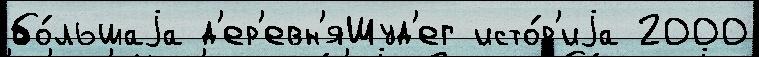
бо́льшаjа д'ер'евн'яШуд'ег исто́р'иjа 2000